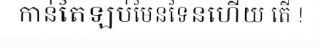
កាន់តែឡប់មែនទែនហើយ តើ !